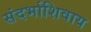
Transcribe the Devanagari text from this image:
संदर्भाशिवाय